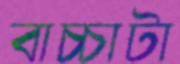
বাচ্চাটা